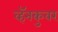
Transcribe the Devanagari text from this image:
व्हॅनकुवर